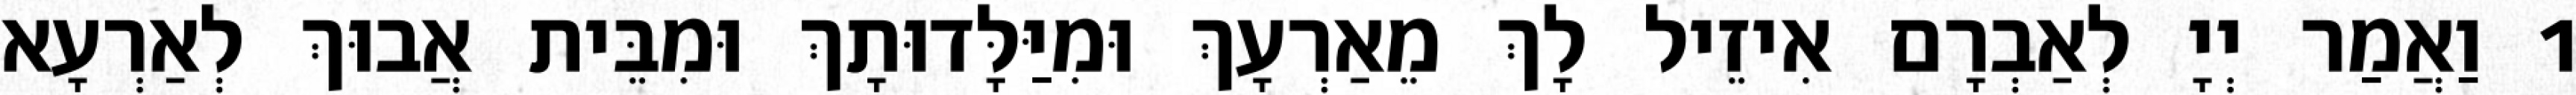
1 וַאֲמַר יְיָ לְאַבְרָם אִיזֵיל לָךְ מֵאַרְעָךְ וּמִיַּלָּדוּתָךְ וּמִבֵּית אֲבוּךְ לְאַרְעָא